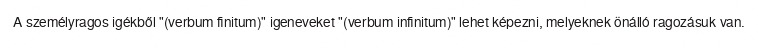
A személyragos igékből "(verbum finitum)" igeneveket "(verbum infinitum)" lehet képezni, melyeknek önálló ragozásuk van.